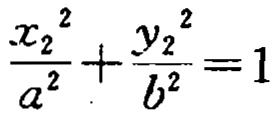
\frac{x_{2}^{2}}{a^{2}}+\frac{y_{2}^{2}}{b^{2}}=1